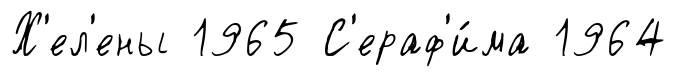
Х'ел'ены 1965 С'ераф'и́ма 1964